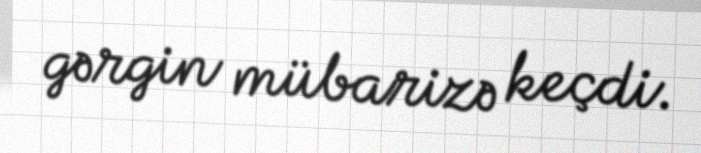
gərgin mübarizə keçdi.